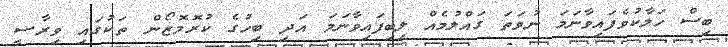
ބިސް ހަލާކުވެފައިވާނަމަ ނުވަތަ ގައްލުމެއް ލިބިފައިވާނަމަ އަދި ބިހުގެ ކުރޮމޮޒޯން ތަކުގައި ވިރާސީ